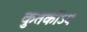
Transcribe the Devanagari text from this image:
कुतर्कोऽयं